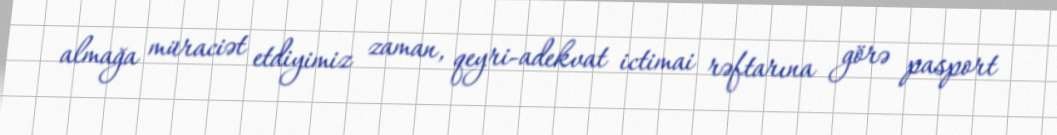
almağa müraciət etdiyimiz zaman, qeyri-adekvat ictimai rəftarına görə pasport